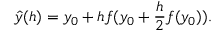
\hat { y } ( h ) = y _ { 0 } + h f ( y _ { 0 } + \frac { h } { 2 } f ( y _ { 0 } ) ) .